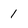
Character: 1